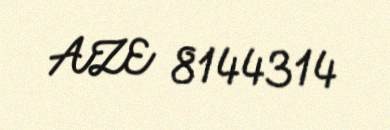
AZE 8144314